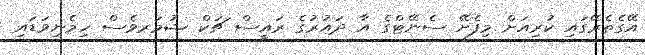
އޭގެތެރޭގައި ކުރިއަށް މިފެށޭ ސެނޭޓްގެ އާ ދައުރުގެ ރައީސް ޗަކް ޝުމަރވެސް ހިމެނިވަޑައި